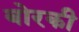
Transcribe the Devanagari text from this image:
बोरकी